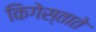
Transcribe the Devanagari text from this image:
किगेस्ताते